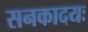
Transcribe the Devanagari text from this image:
सनकादयः